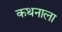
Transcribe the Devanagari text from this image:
कथनाला